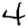
Digit: 4